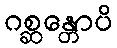
ဂစ္ဆန္တောပိ